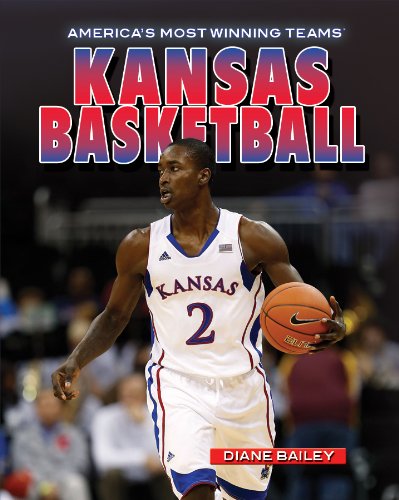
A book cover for Kansas Basketball (America's Most Winning Teams); Diane Bailey; Teen & Young Adult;